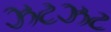
ઝટઝટ